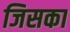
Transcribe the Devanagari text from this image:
जिसका